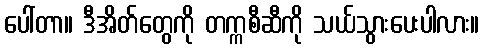
ပေါ်တာ။ ဒီအိတ်တွေကို တက္ကစီဆီကို သယ်သွားပေးပါလား။